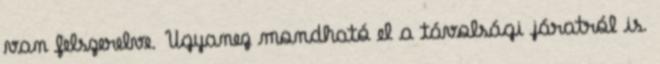
van felszerelve. Ugyanez mondható el a távolsági járatról is.